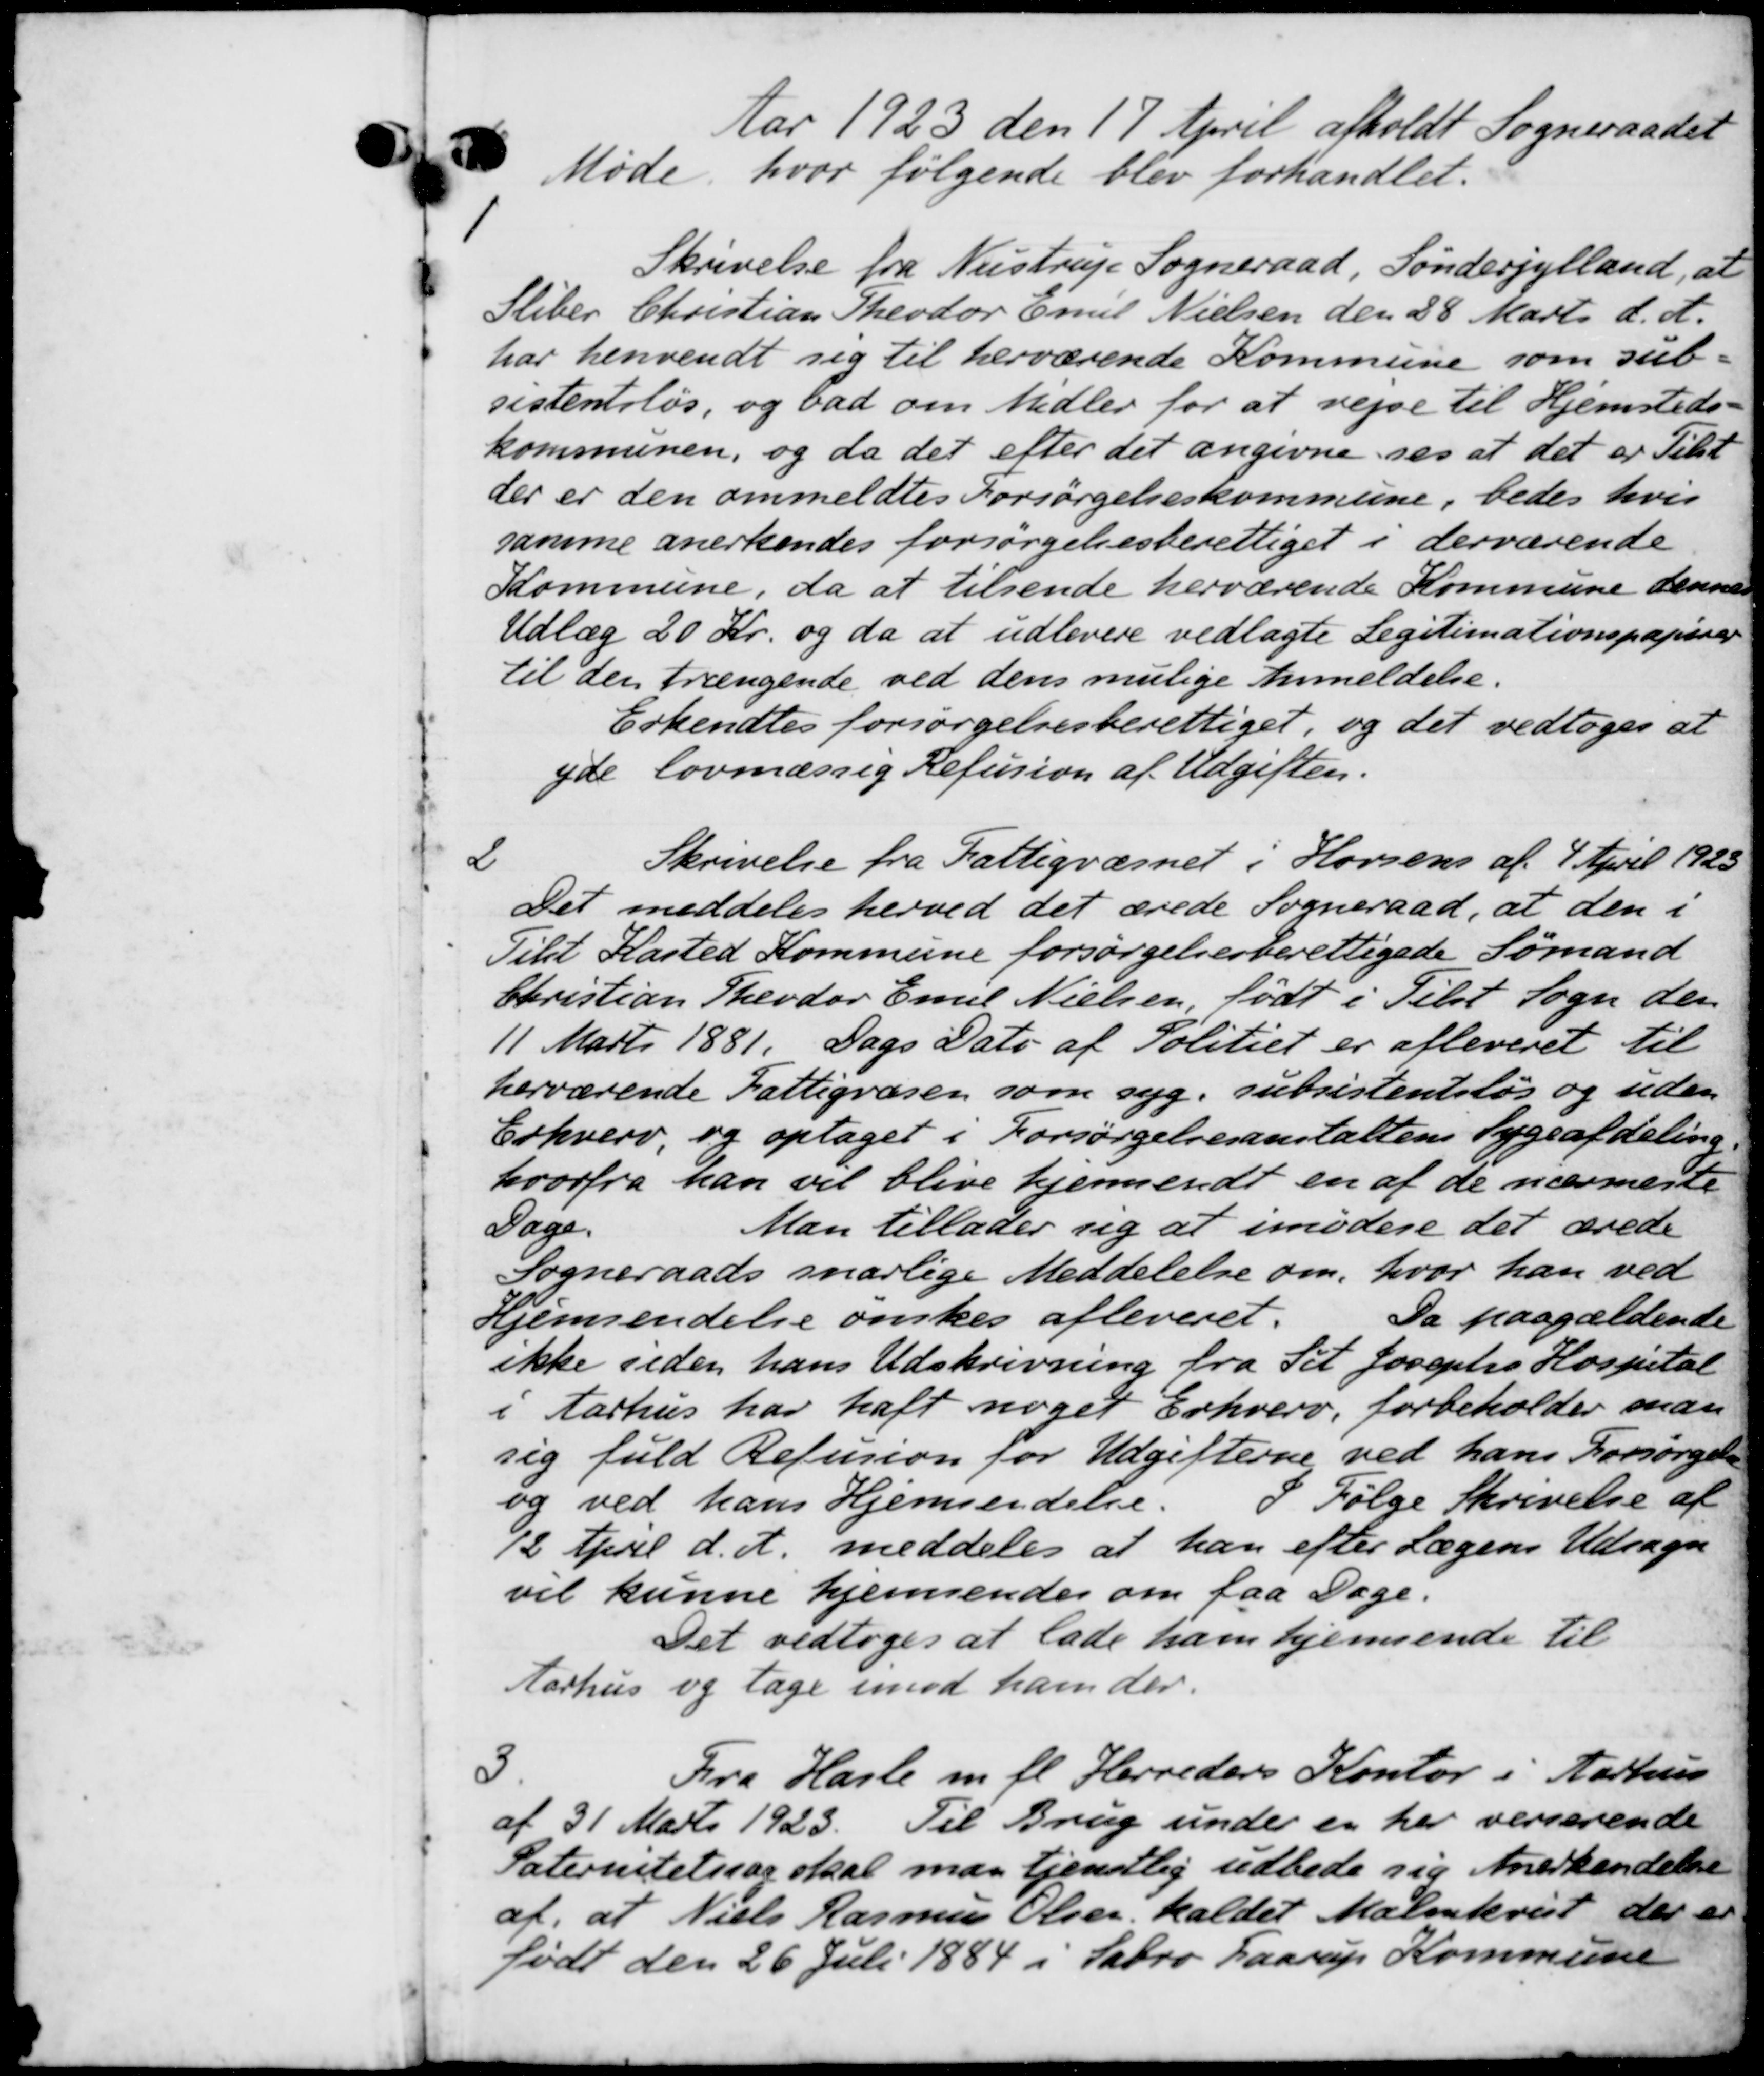
Transskription:
Aar 1923 den 17 April afholdt Sogneraadet
 Møde, hvor følgende blev forhandlet.
1
Skrivelse fra Nustrup Sogneraad, Sønderjylland, at
Sliber Christian Theodor Emil Nielsen den 28 Marts d. A.
har henvendt sig til herværende Kommune som sub-
sistensløs, og bad om Midler for at rejse til Hjemsteds-
kommunen, og da det efter det angivne ses at det er Tilst
der er den ommeldtes Forsørgelseskommune, bedes hvis
samme anerkendes forsørgelsesberettiget i derværende
Kommune, da at tilsende herværende Kommune dennes
Udlæg 20 Kr. og da at udlevere vedlagte Legitimationspapirer
til den trængende ved dens mulige Anmeldelse.
Erkendtes forsørgelsesberettiget, og det vedtoges at
yde lovmæssig Refusion af Udgiften.
2
Skrivelse fra Fattigvæsnet i Horsens af 4 April 1923
Det meddeles herved det ærede Sogneraad, at den i
Tilst Kasted Kommune forsørgelsesberettigede Sømand
Christian Theodor Emil Nielsen født i Tilst Sogn den
11 Marts 1881. Dags Dato af Politiet er afleveret til
herværende Fattigvæsen som syg. subsistentsløs og uden
Erhverv, og optaget i Forsørgelsesanstaltens Sygeafdeling.
hvorfra han vil blive hjemsendt en af de nærmeste
Sage
Man tillader sig at imodere det ærede
Sogneraads sarlige Meddelelse om, hvor han ved
Hjemsendelse ønskes afleveret.
Da paagældende
ikke siden hans Udskrivning fra til Josephs Hospital
i Aarhus har haft noget Erhverv, forbeholder man
sig fuld Refusion for Udgifterne ved hans Forsørgelse
og ved hans Hjemsendelse. I Følge Skrivelse af
12 April d. A. meddeles at han efter Lægens Udsagn
vil kunne hjemsendes om faa Dage.
Det vedtoges at lade ham hjemsende til
Aarhus og tage imod ham der.
3.
Fra Hasle m. fl. Herreders Kontor i Aarhus
af 31 Marts 1923. Til Brug under en her verserende
Paternitetssag skal man tjenstlig udbede sig Anerkendelse
af, at Niels Rasmus Olsen, kaldet Malmkvist der er
født den 26 Juli 1884 i Sabro Faarup Kommune